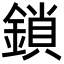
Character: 鎖